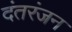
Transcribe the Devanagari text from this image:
दंतरंजन